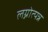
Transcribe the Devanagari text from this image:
लग्नोत्पन्न